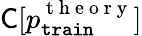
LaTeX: \textsf{C}[p_{\mathtt{train}}^{\mathrm{~t~h~e~o~r~y~}}]